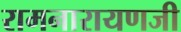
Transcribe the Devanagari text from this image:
रामनारायणजी